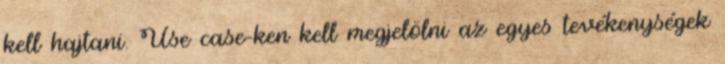
kell hajtani. Use case-ken kell megjelölni az egyes tevékenységek